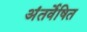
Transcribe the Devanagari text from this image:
अंतर्वेषित